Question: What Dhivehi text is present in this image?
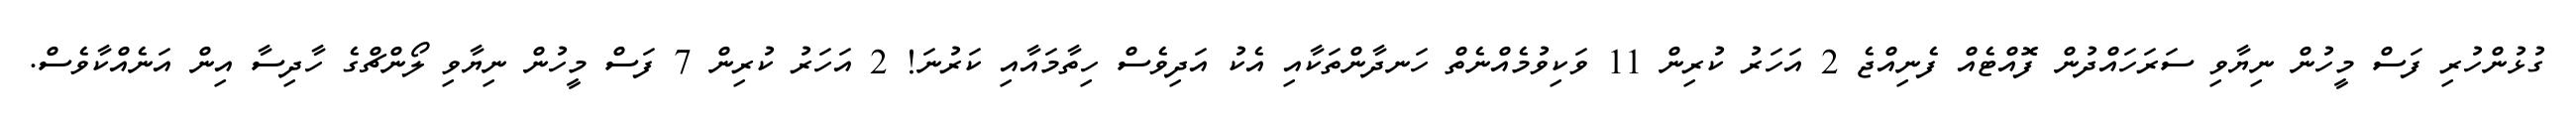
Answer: ގުޅުންހުރި ފަސް މީހުން ނިޔާވި ސަރަހައްދުން ފޮއްޓެއް ފެނިއްޖެ 2 އަހަރު ކުރިން 11 ވަކިވުމެއްނެތް ހަނދާންތަކާއި އެކު އަދިވެސް ހިތާމައާއި ކަރުނަ! 2 އަހަރު ކުރިން 7 ފަސް މީހުން ނިޔާވި ލޯންޗްގެ ހާދިސާ އިން އަނެއްކާވެސް.